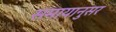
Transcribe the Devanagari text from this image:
समायानुसर